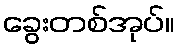
ခွေးတစ်အုပ်။